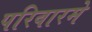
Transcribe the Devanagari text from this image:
परिवारमे